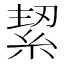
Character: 𮈑